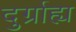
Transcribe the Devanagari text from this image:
दुर्ग्राह्य